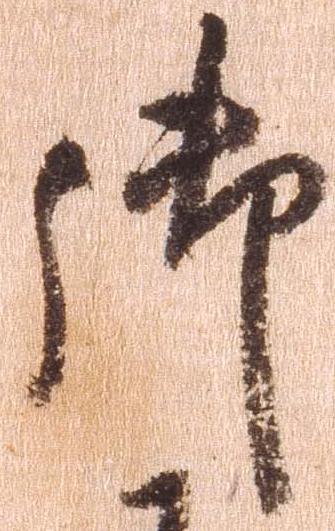
御